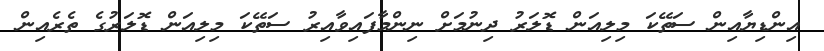
އިންޑިޔާއިން ސަތޭކަ މިލިއަން ޑޮލަރު ދިނުމަށް ނިންމާފައިވާއިރު ސަތޭކަ މިލިއަން ޑޮލަރުގެ ތެރެއިން